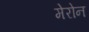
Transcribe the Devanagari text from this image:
मेरोन